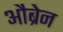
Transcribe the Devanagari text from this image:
औब्रेन